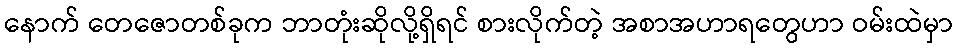
နောက် တေဇောတစ်ခုက ဘာတုံးဆိုလို့ရှိရင် စားလိုက်တဲ့ အစာအဟာရတွေဟာ ဝမ်းထဲမှာ